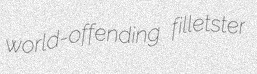
world-offending filletster